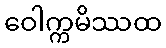
ဝေါက္ကမိဿထ